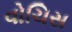
વોચિસ